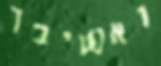
ואשיבך